Trukikaitis_Postimees, lk 4
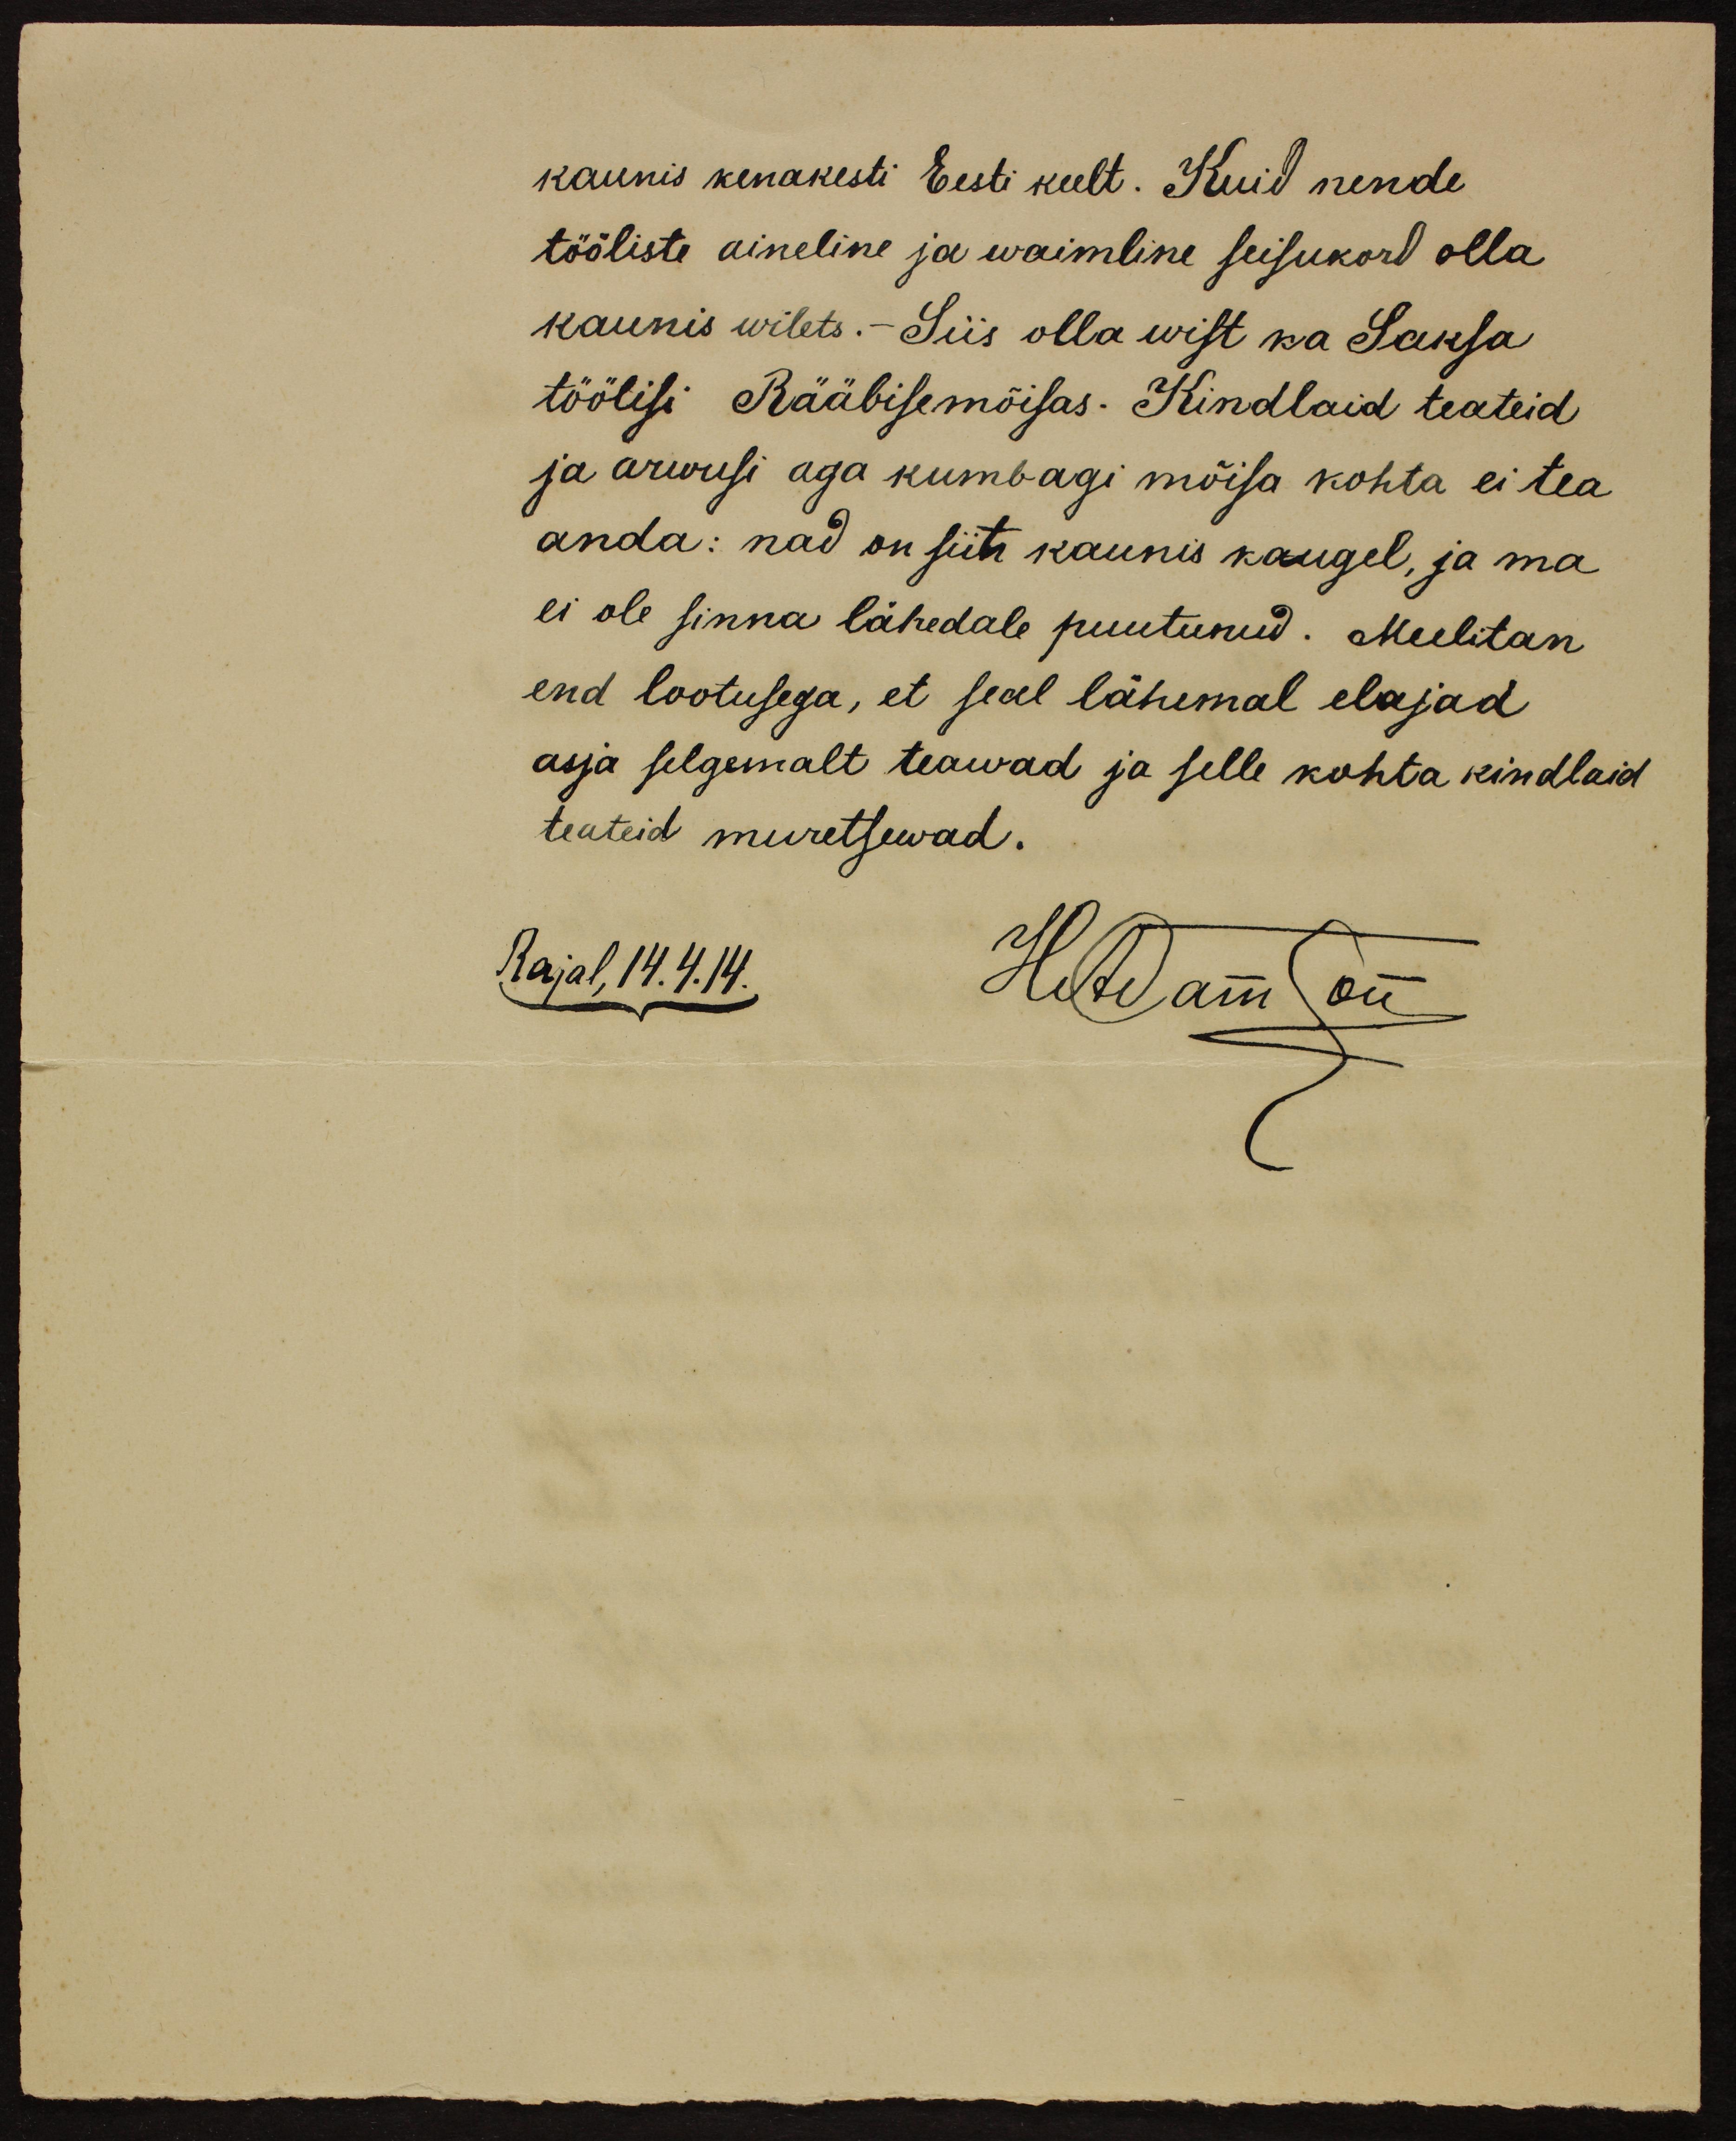
kaunis kenakesti Eesti keelt. Kuid nende
tööliste aineline ja waimline seisukord olla
kaunis wilets. – Siis olla wist ka Saksa
töölisi Rääbisemõisas. Kindlaid teateid
ja arwusi aga kumbagi mõisa kohta ei tea
anda: nad on siiti kaunis kaugel, ja ma
ei ole sinna lähedale puutunud. Meelitan
end lootusega, et seal lähemal elajad
asja selgemalt teawad ja selle kohta kindlaid
teateid muretsewad.
Rajal, 14.4.14.
HAdamson